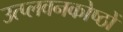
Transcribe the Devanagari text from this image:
उत्प्लवनकोष्ठों